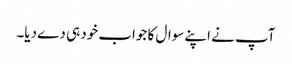
آپ نے اپنے سوال کا جواب خود ہی دے دیا۔